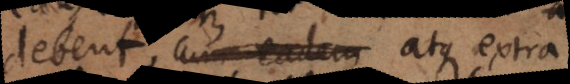
debent, cum eadem atque extra